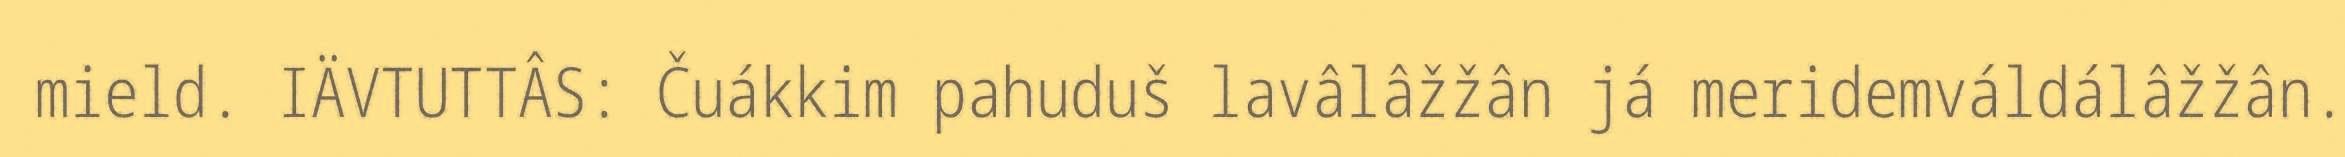
mield. IÄVTUTTÂS: Čuákkim pahuduš lavâlâžžân já meridemváldálâžžân.